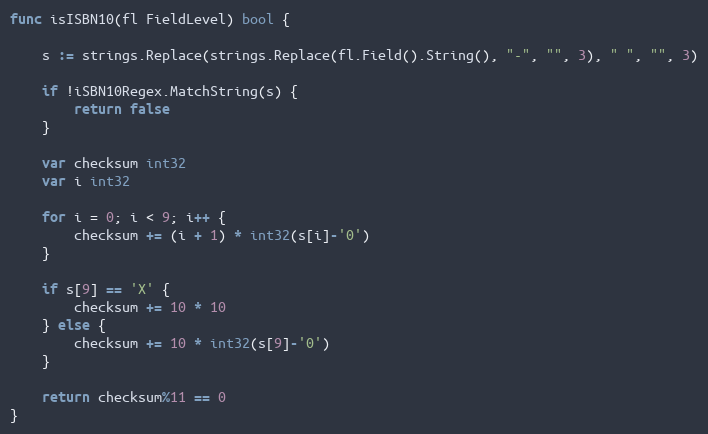
Language: Go
func isISBN10(fl FieldLevel) bool {

	s := strings.Replace(strings.Replace(fl.Field().String(), "-", "", 3), " ", "", 3)

	if !iSBN10Regex.MatchString(s) {
		return false
	}

	var checksum int32
	var i int32

	for i = 0; i < 9; i++ {
		checksum += (i + 1) * int32(s[i]-'0')
	}

	if s[9] == 'X' {
		checksum += 10 * 10
	} else {
		checksum += 10 * int32(s[9]-'0')
	}

	return checksum%11 == 0
}